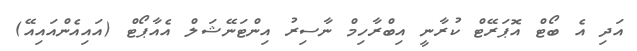
އަދި އެ ބޯޓް އޮޕަރޭޓް ކުރާނީ އިބްރާހިމް ނާސިރު އިންޓަނޭޝަަލް އެއާޕޯޓް (އައިއެންއައިއޭ)